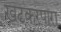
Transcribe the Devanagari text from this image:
खटकरपारा